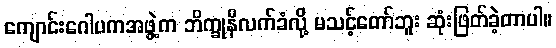
ကျောင်းဂေါပကအဖွဲ့က ဘိက္ခုနီလက်ခံလို့ မသင့်တော်ဘူး ဆုံးဖြတ်ခဲ့တာပါ။